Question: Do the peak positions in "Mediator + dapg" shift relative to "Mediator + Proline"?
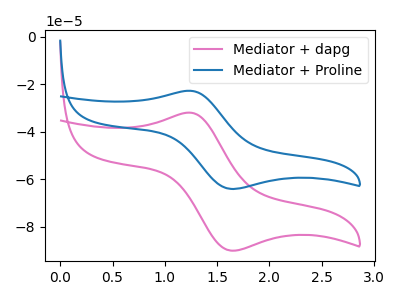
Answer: <think>The pink curve "Mediator + dapg" has an anodic peak at (1.25V, -31.90uA) and a cathodic peak at (1.65V, -89.95uA). The blue curve "Mediator + Proline" has an anodic peak at (1.25V, -22.70uA) and a cathodic peak at (1.65V, -64.00uA).
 All the peaks in "Mediator + dapg" have a peak in "Mediator + Proline" at the same potential.</think>
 <answer>No, "Mediator + dapg" and "Mediator + Proline" don't appear to be significantly different in shape</answer>
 <eval>no_change</eval>